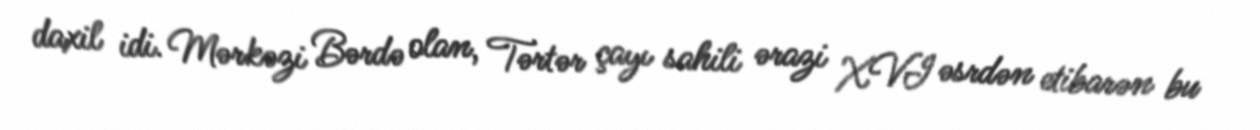
daxil idi. Mərkəzi Bərdə olan, Tərtər çayı sahili ərazi XVI əsrdən etibarən bu